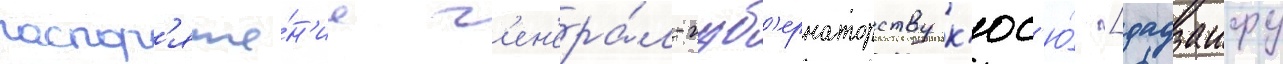
распор'яже́н'ие г'ен'ера́л-губ'ернаторству к'юс'ю́ [дадзаифу